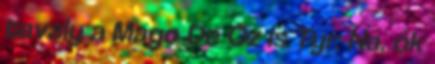
tavaly a Mago De Oz is Tyr: Na, ők